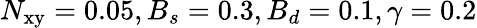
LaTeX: N_{\mathrm{xy}}=0.05,B_{s}=0.3,B_{d}=0.1,\gamma=0.2